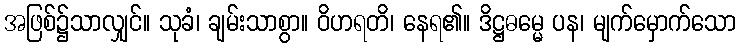
အဖြစ်၌သာလျှင်။ သုခံ၊ ချမ်းသာစွာ။ ဝိဟရတိ၊ နေရ၏။ ဒိဋ္ဌဓမ္မေ ပန၊ မျက်မှောက်သော